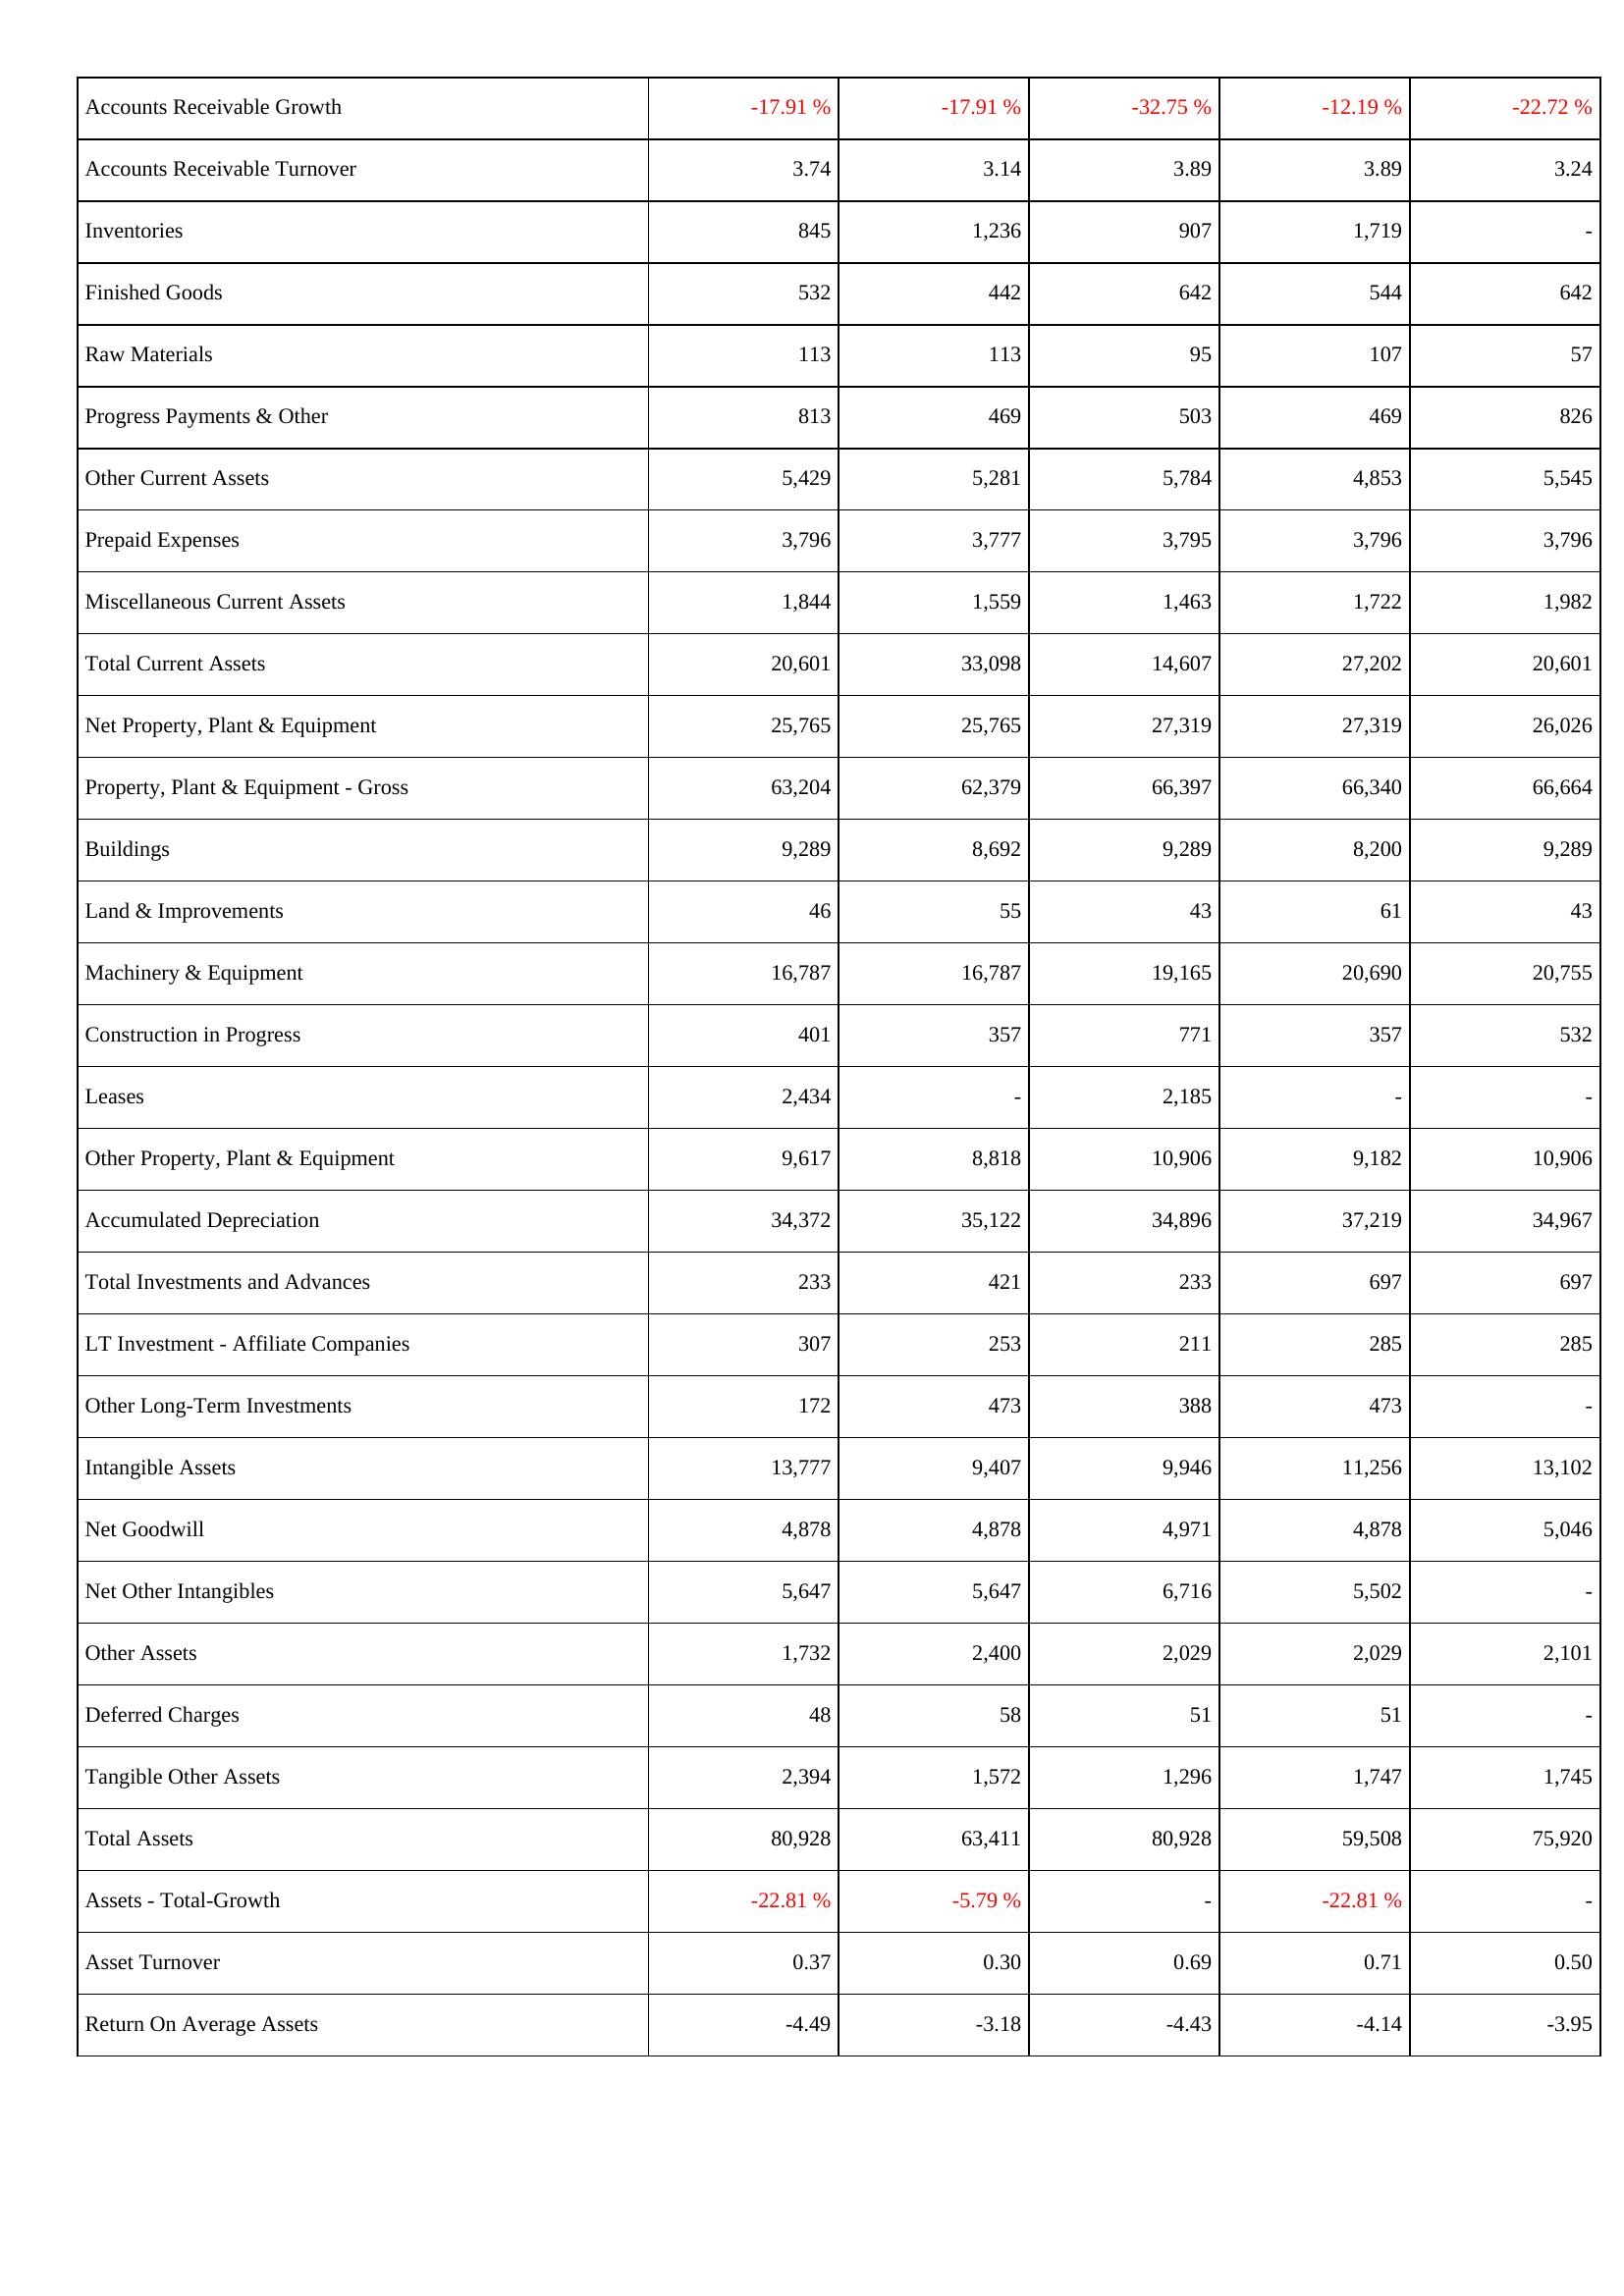
2022: Assets: Accounts Receivable Growth: -17.91 %
Accounts Receivable Turnover: 3.74
Inventories: 845
Finished Goods: 532
Raw Materials: 113
Progress Payments & Other: 813
Other Current Assets: 5,429
Prepaid Expenses: 3,796
Miscellaneous Current Assets: 1,844
Total Current Assets: 20,601
Net Property, Plant & Equipment: 25,765
Property, Plant & Equipment - Gross: 63,204
Buildings: 9,289
Land & Improvements: 46
Machinery & Equipment: 16,787
Construction in Progress: 401
Leases: 2,434
Other Property, Plant & Equipment: 9,617
Accumulated Depreciation: 34,372
Total Investments and Advances: 233
LT Investment - Affiliate Companies: 307
Other Long-Term Investments: 172
Intangible Assets: 13,777
Net Goodwill: 4,878
Net Other Intangibles: 5,647
Other Assets: 1,732
Deferred Charges: 48
Tangible Other Assets: 2,394
Total Assets: 80,928
Assets - Total-Growth: -22.81 %
Asset Turnover: 0.37
Return On Average Assets: -4.49
2023: Assets: Accounts Receivable Growth: -17.91 %
Accounts Receivable Turnover: 3.14
Inventories: 1,236
Finished Goods: 442
Raw Materials: 113
Progress Payments & Other: 469
Other Current Assets: 5,281
Prepaid Expenses: 3,777
Miscellaneous Current Assets: 1,559
Total Current Assets: 33,098
Net Property, Plant & Equipment: 25,765
Property, Plant & Equipment - Gross: 62,379
Buildings: 8,692
Land & Improvements: 55
Machinery & Equipment: 16,787
Construction in Progress: 357
Leases: -
Other Property, Plant & Equipment: 8,818
Accumulated Depreciation: 35,122
Total Investments and Advances: 421
LT Investment - Affiliate Companies: 253
Other Long-Term Investments: 473
Intangible Assets: 9,407
Net Goodwill: 4,878
Net Other Intangibles: 5,647
Other Assets: 2,400
Deferred Charges: 58
Tangible Other Assets: 1,572
Total Assets: 63,411
Assets - Total-Growth: -5.79 %
Asset Turnover: 0.30
Return On Average Assets: -3.18
2024: Assets: Accounts Receivable Growth: -32.75 %
Accounts Receivable Turnover: 3.89
Inventories: 907
Finished Goods: 642
Raw Materials: 95
Progress Payments & Other: 503
Other Current Assets: 5,784
Prepaid Expenses: 3,795
Miscellaneous Current Assets: 1,463
Total Current Assets: 14,607
Net Property, Plant & Equipment: 27,319
Property, Plant & Equipment - Gross: 66,397
Buildings: 9,289
Land & Improvements: 43
Machinery & Equipment: 19,165
Construction in Progress: 771
Leases: 2,185
Other Property, Plant & Equipment: 10,906
Accumulated Depreciation: 34,896
Total Investments and Advances: 233
LT Investment - Affiliate Companies: 211
Other Long-Term Investments: 388
Intangible Assets: 9,946
Net Goodwill: 4,971
Net Other Intangibles: 6,716
Other Assets: 2,029
Deferred Charges: 51
Tangible Other Assets: 1,296
Total Assets: 80,928
Assets - Total-Growth: -
Asset Turnover: 0.69
Return On Average Assets: -4.43
2025: Assets: Accounts Receivable Growth: -12.19 %
Accounts Receivable Turnover: 3.89
Inventories: 1,719
Finished Goods: 544
Raw Materials: 107
Progress Payments & Other: 469
Other Current Assets: 4,853
Prepaid Expenses: 3,796
Miscellaneous Current Assets: 1,722
Total Current Assets: 27,202
Net Property, Plant & Equipment: 27,319
Property, Plant & Equipment - Gross: 66,340
Buildings: 8,200
Land & Improvements: 61
Machinery & Equipment: 20,690
Construction in Progress: 357
Leases: -
Other Property, Plant & Equipment: 9,182
Accumulated Depreciation: 37,219
Total Investments and Advances: 697
LT Investment - Affiliate Companies: 285
Other Long-Term Investments: 473
Intangible Assets: 11,256
Net Goodwill: 4,878
Net Other Intangibles: 5,502
Other Assets: 2,029
Deferred Charges: 51
Tangible Other Assets: 1,747
Total Assets: 59,508
Assets - Total-Growth: -22.81 %
Asset Turnover: 0.71
Return On Average Assets: -4.14
2026: Assets: Accounts Receivable Growth: -22.72 %
Accounts Receivable Turnover: 3.24
Inventories: -
Finished Goods: 642
Raw Materials: 57
Progress Payments & Other: 826
Other Current Assets: 5,545
Prepaid Expenses: 3,796
Miscellaneous Current Assets: 1,982
Total Current Assets: 20,601
Net Property, Plant & Equipment: 26,026
Property, Plant & Equipment - Gross: 66,664
Buildings: 9,289
Land & Improvements: 43
Machinery & Equipment: 20,755
Construction in Progress: 532
Leases: -
Other Property, Plant & Equipment: 10,906
Accumulated Depreciation: 34,967
Total Investments and Advances: 697
LT Investment - Affiliate Companies: 285
Other Long-Term Investments: -
Intangible Assets: 13,102
Net Goodwill: 5,046
Net Other Intangibles: -
Other Assets: 2,101
Deferred Charges: -
Tangible Other Assets: 1,745
Total Assets: 75,920
Assets - Total-Growth: -
Asset Turnover: 0.50
Return On Average Assets: -3.95